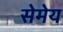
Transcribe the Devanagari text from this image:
सेमेय